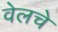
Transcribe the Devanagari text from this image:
वेलचे